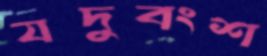
যদুবংশ